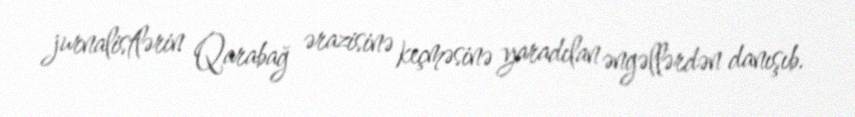
jurnalistlərin Qarabağ ərazisinə keçməsinə yaradılan əngəllərdən danışıb.